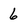
Character: 6